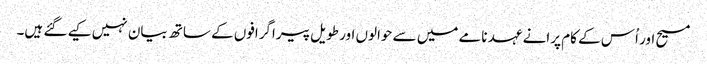
مسیح اور اُس کے کام پرانے عہد نامے میں سے حوالوں اور طویل پیراگرافوں کے ساتھ بیان نہیں کیے گئے ہیں۔